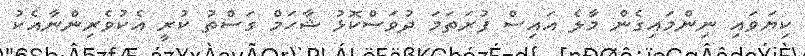
ކިޔަވައި ނިންމައިގެން މާލެ އައިސް ފުރަތަމަ ދުވަސްކޮޅު ޝާހަމް ގަސްތު ކުރީ އެކުވެރިންނާއެކު